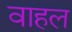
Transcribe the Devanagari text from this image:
वाहल